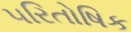
પરિતોષિક